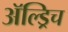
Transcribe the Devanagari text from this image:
ॲल्ड्रिच